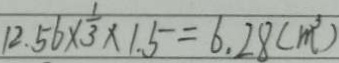
1 2 . 5 6 \times \frac { 1 } { 3 } \times 1 . 5 = 6 . 2 8 ( m ^ { 3 } )